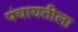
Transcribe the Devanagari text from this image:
पंचायतीला